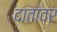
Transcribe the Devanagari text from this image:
दातांवर